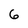
Character: 6